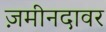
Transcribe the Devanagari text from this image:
ज़मीनदावर